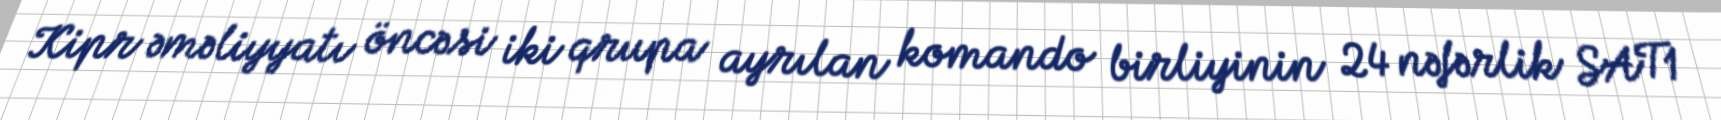
Kipr əməliyyatı öncəsi iki qrupa ayrılan komando birliyinin 24 nəfərlik SAT1